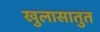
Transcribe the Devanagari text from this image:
खुलासातुत